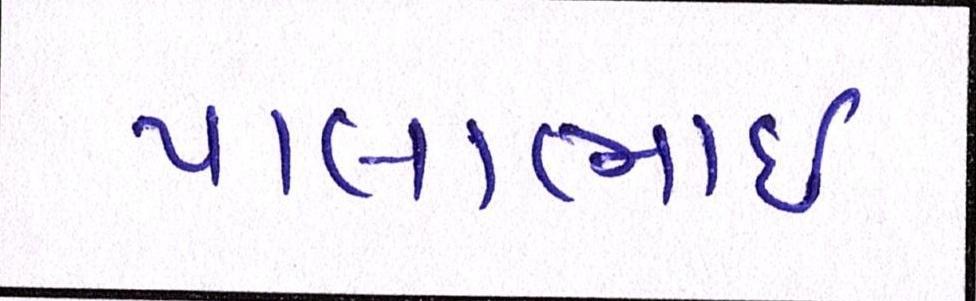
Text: પાલાભાઇ